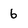
Character: 6